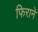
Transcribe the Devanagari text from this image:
फिराने